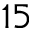
1 5